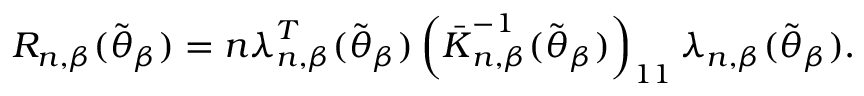
R _ { n , \beta } ( \widetilde { \boldsymbol { \theta } } _ { \beta } ) = n \boldsymbol { \lambda } _ { n , \beta } ^ { T } ( \widetilde { \boldsymbol { \theta } } _ { \beta } ) \left( \boldsymbol { \bar { K } } _ { n , \beta } ^ { - 1 } ( \widetilde { \boldsymbol { \theta } } _ { \beta } ) \right) _ { 1 1 } \boldsymbol { \lambda } _ { n , \beta } ( \widetilde { \boldsymbol { \theta } } _ { \beta } ) .